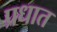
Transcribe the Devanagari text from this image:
प्रधात